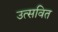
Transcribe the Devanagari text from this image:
उत्सवित